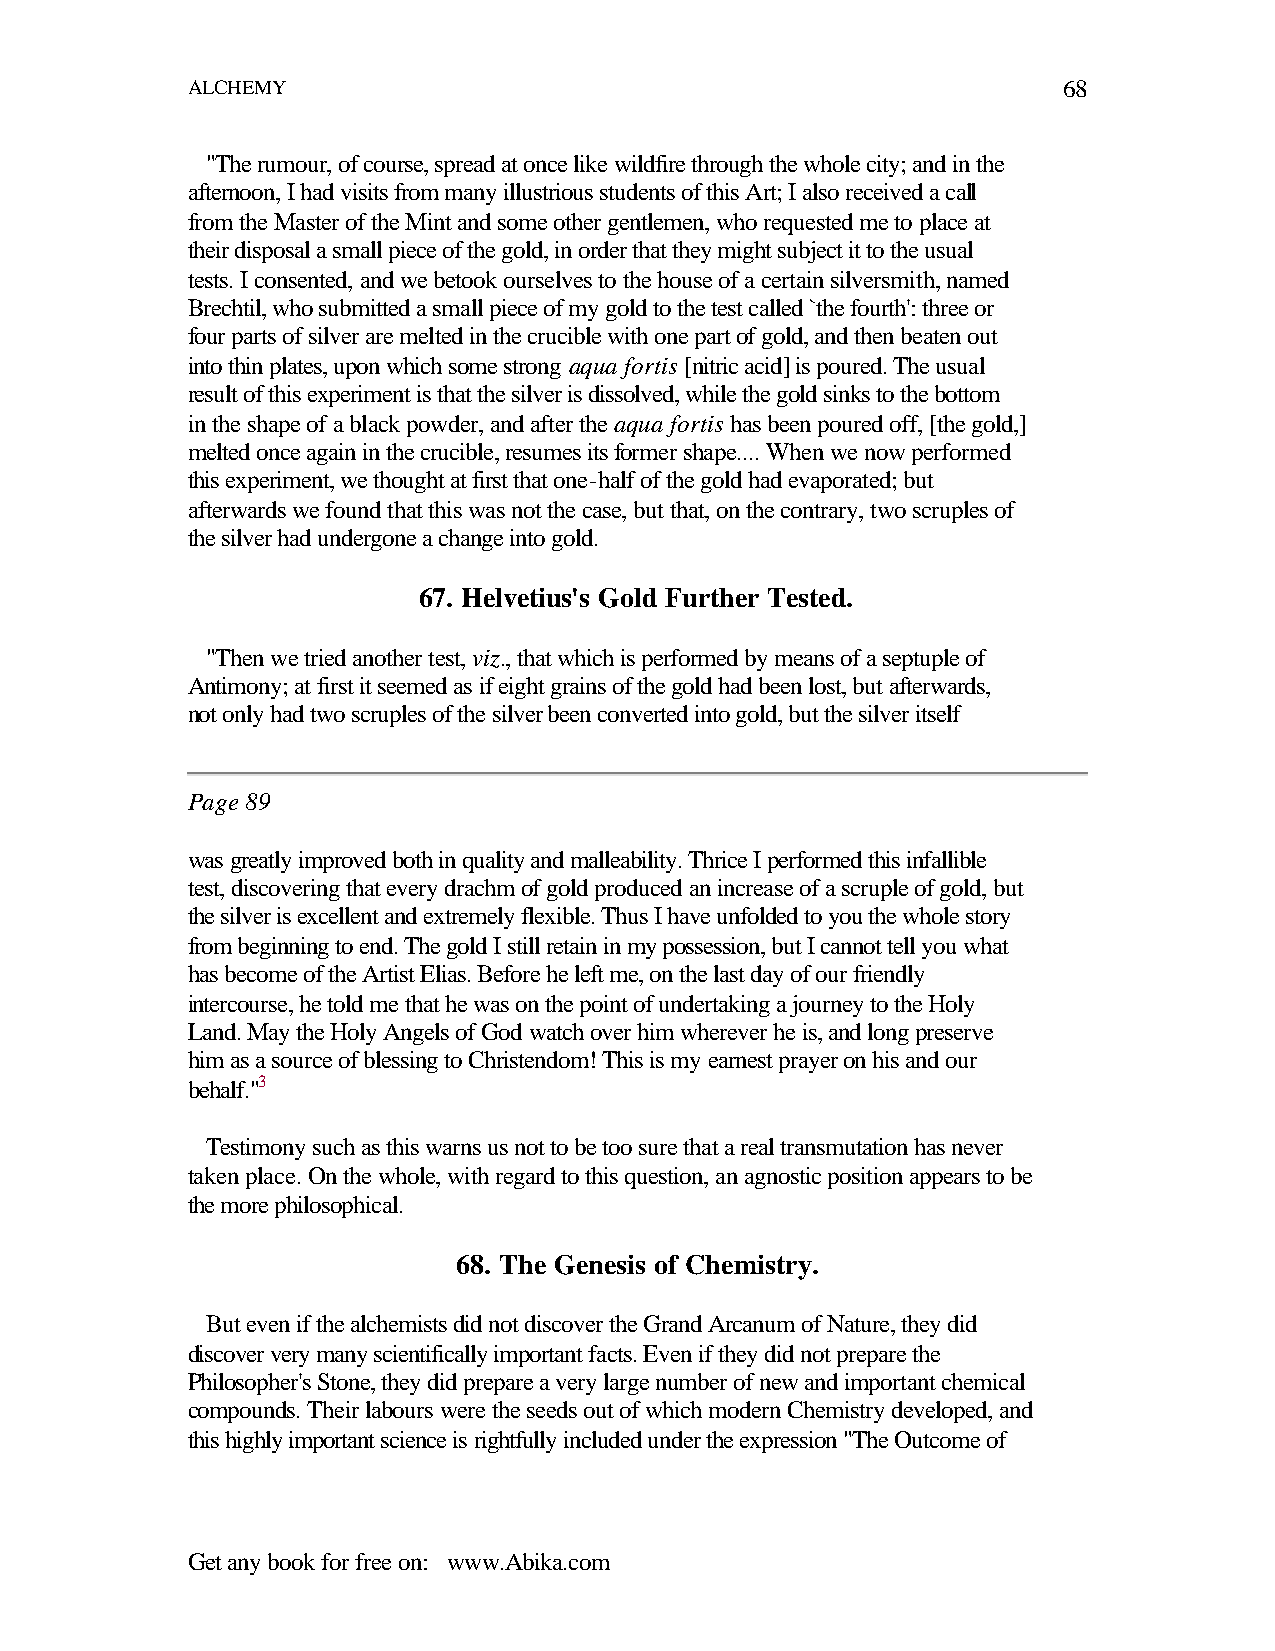
ALCHEMY                                                   68
 "The rumour, of course, spread at once like wildfire through the whole city; and in the
 afternoon, I had visits from many illustrious students of this Art; I also received a call
 from the Master of the Mint and some other gentlemen, who requested me to place at
 their disposal a small piece of the gold, in order that they might subject it to the usual
 tests. I consented, and we betook ourselves to the house of a certain silversmith, named
 Brechtil, who submitted a small piece of my gold to the test called `the fourth': three or
 four parts of silver are melted in the crucible with one part of gold, and then beaten out
 into thin plates, upon which some strong aqua fortis [nitric acid] is poured. The usual
 result of this experiment is that the silver is dissolved, while the gold sinks to the bottom
 in the shape of a black powder, and after the aqua fortis has been poured off, [the gold,]
 melted once again in the crucible, resumes its former shape.... When we now performed
 this experiment, we thought at first that one-half of the gold had evaporated; but
 afterwards we found that this was not the case, but that, on the contrary, two scruples of
 the silver had undergone a change into gold.
 67. Helvetius's Gold Further Tested.
 "Then we tried another test, viz., that which is performed by means of a septuple of
 Antimony; at first it seemed as if eight grains of the gold had been lost, but afterwards,
 not only had two scruples of the silver been converted into gold, but the silver itself
 Page 89
 was greatly improved both in quality and malleability. Thrice I performed this infallible
 test, discovering that every drachm of gold produced an increase of a scruple of gold, but
 the silver is excellent and extremely flexible. Thus I have unfolded to you the whole story
 from beginning to end. The gold I still retain in my possession, but I cannot tell you what
 has become of the Artist Elias. Before he left me, on the last day of our friendly
 intercourse, he told me that he was on the point of undertaking a journey to the Holy
 Land. May the Holy Angels of God watch over him wherever he is, and long preserve
 him as a source of blessing to Christendom! This is my earnest prayer on his and our
 behalf."3
 Testimony such as this warns us not to be too sure that a real transmutation has never
 taken place. On the whole, with regard to this question, an agnostic position appears to be
 the more philosophical.
 68. The Genesis of Chemistry.
 But even if the alchemists did not discover the Grand Arcanum of Nature, they did
 discover very many scientifically important facts. Even if they did not prepare the
 Philosopher's Stone, they did prepare a very large number of new and important chemical
 compounds. Their labours were the seeds out of which modern Chemistry developed, and
 this highly important science is rightfully included under the expression "The Outcome of
 Get any book for free on: www.Abika.com